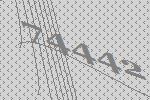
74442